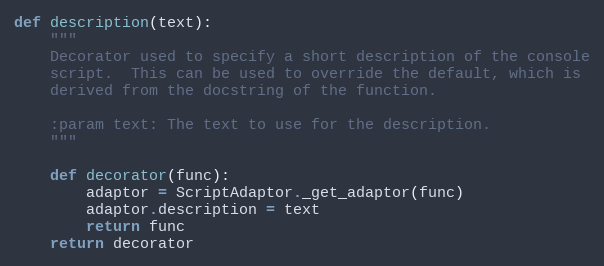
Language: Python
def description(text):
    """
    Decorator used to specify a short description of the console
    script.  This can be used to override the default, which is
    derived from the docstring of the function.

    :param text: The text to use for the description.
    """

    def decorator(func):
        adaptor = ScriptAdaptor._get_adaptor(func)
        adaptor.description = text
        return func
    return decorator